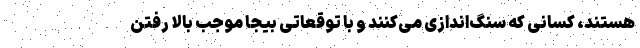
هستند، کسانی که سنگ‌اندازی می‌کنند و با توقعاتی بیجا موجب بالا رفتن